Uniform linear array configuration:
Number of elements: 4
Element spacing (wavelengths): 0.75
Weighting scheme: exponential
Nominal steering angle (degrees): -15
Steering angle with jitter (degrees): -14.872
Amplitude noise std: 0.05
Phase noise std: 0.05

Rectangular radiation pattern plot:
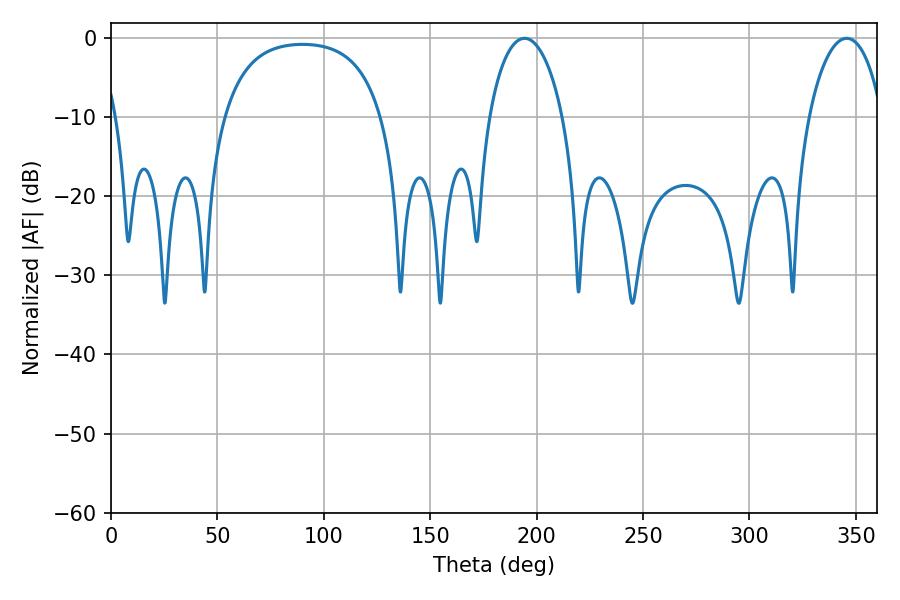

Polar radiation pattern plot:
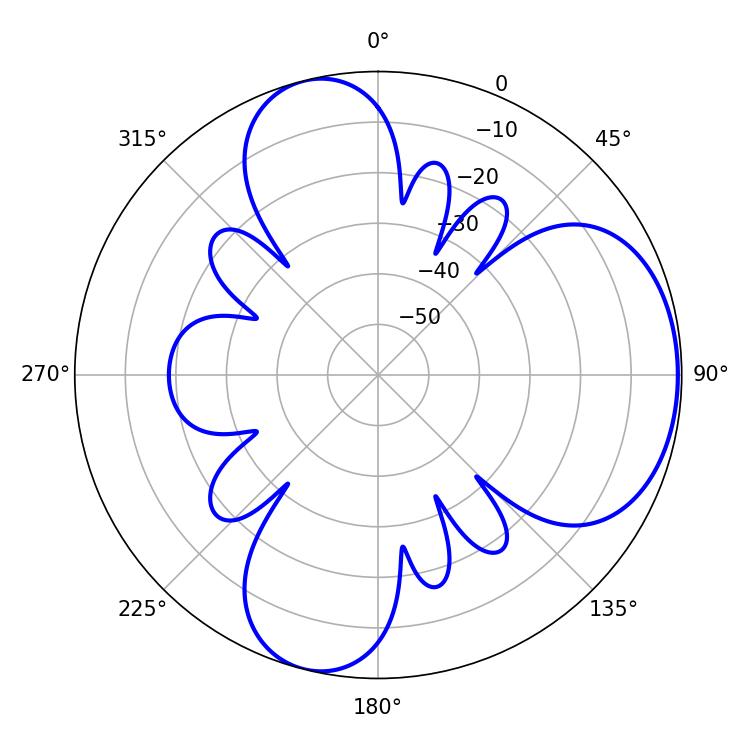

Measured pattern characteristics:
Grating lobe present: TRUE
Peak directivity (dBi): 5.875
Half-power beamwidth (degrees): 19.8
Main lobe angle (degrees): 194.22